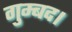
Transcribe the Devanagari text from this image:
गुम्बद।